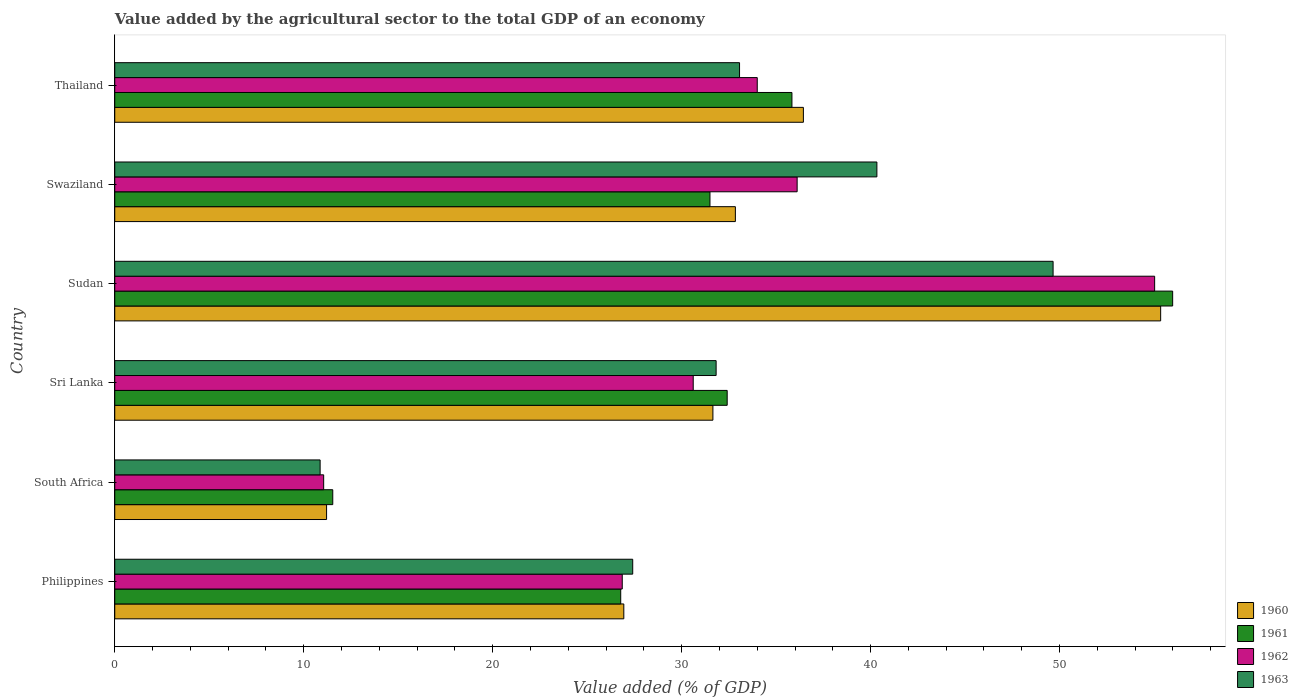
| Country | 1960 | 1961 | 1962 | 1963 |
 | --- | --- | --- | --- | --- |
 | Philippines | 26.9 | 26.8 | 26.9 | 27.4 |
 | South Africa | 11.2 | 11.5 | 11.1 | 10.9 |
 | Sri Lanka | 31.7 | 32.4 | 30.6 | 31.8 |
 | Sudan | 55.4 | 56 | 55 | 49.7 |
 | Swaziland | 32.8 | 31.5 | 36.1 | 40.3 |
 | Thailand | 36.4 | 35.8 | 34 | 33.1 |